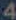
4